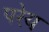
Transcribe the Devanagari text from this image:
परेय